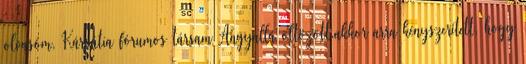
olvasóm, Kárpátia fórumos társam Angyallá öltözött.akkor arra kényszerített, hogy